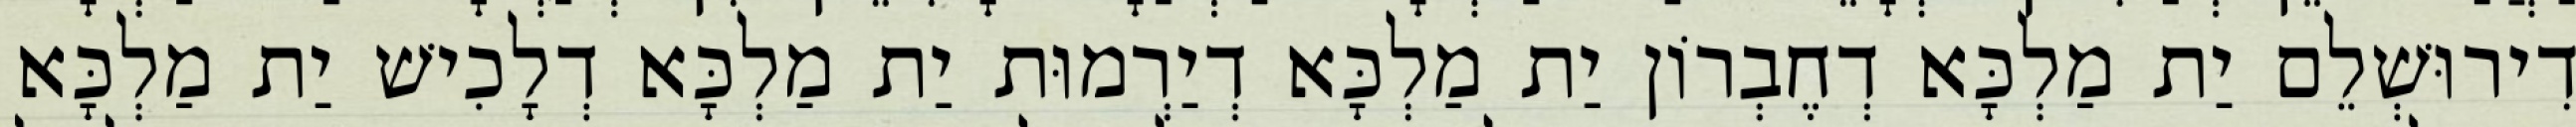
דִירוּשְׁלֵם יַת מַלְכָּא דְחֶבְרוֹן יַת מַלְכָּא דְיַרְמוּת יַת מַלְכָּא דְלָכִישׁ יַת מַלְכָּא